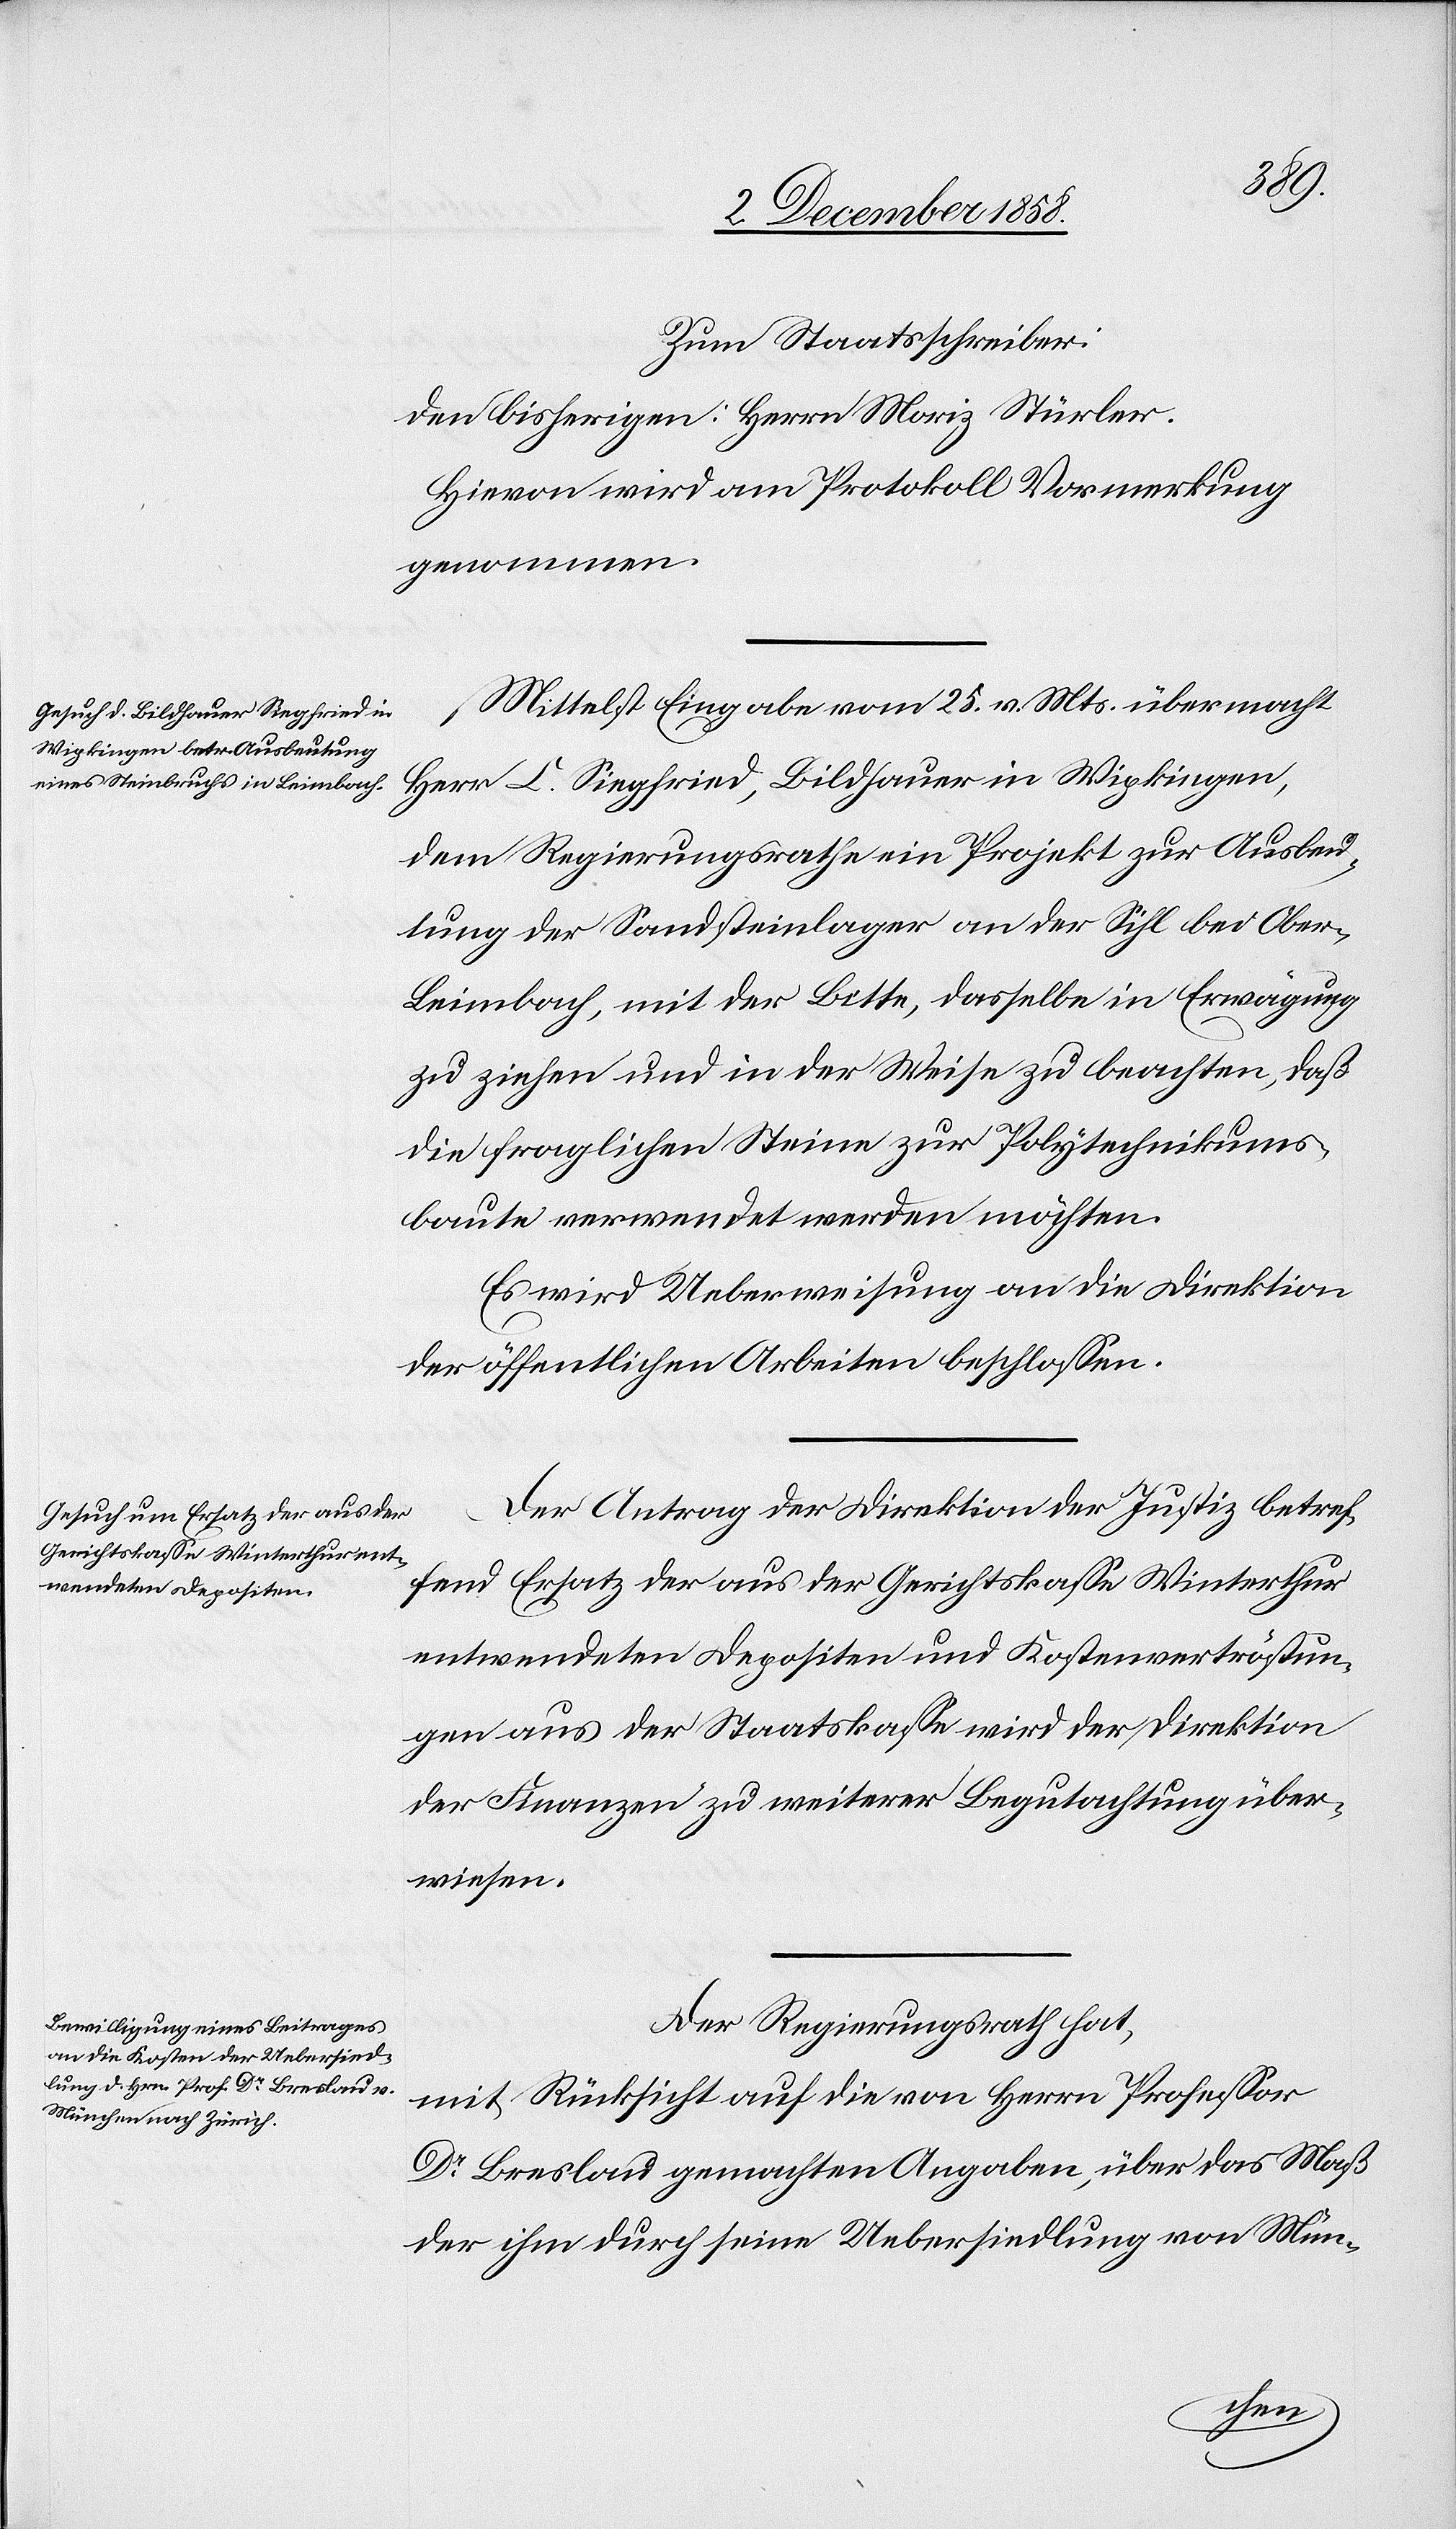
Zum Staatsschreiber:
Den bisherigen: Herrn Moriz Stürler.
Hievon wird am Protokoll Vormerkung
genommen.
Mittelst Eingabe vom 25. v. Mts. übermacht
Herr C. Siegfried, Bildhauer in Wipkingen,
dem Regierungsrathe ein Projekt zur Ausbeu¬
tung der Sandsteinlager an der Sihl bei Ober-L¬
eimbach, mit der Bitte, dasselbe in Erwägung
zu ziehen und in der Weise zu beachten, daß
die fraglichen Steine zur Polytechnikums¬
baute verwendet werden möchten.
Es wird Ueberweisung an die Direktion
der öffentlichen Arbeiten beschlossen.
Der Antrag der Direktion der Justiz betref¬
fend Ersatz der aus der Gerichtskasse Winterthur
entwendeten Depositen und Kostenvertröstun¬
gen aus der Staatskasse wird der Direktion
der Finanzen zu weiterer Begutachtung über¬
wiesen.
Der Regierungsrath hat,
mit Rücksicht auf die von Herrn Professor
Dr Breslau gemachten Angaben, über das Maß
der ihm durch seine Uebersiedlung von Mün-